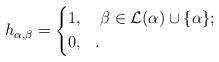
LaTeX: \begin{align*}h_{\alpha,\beta}=\left\{\begin{aligned}&1, ~ ~~\beta\in\mathcal L(\alpha)\cup\{\alpha\};\\&0, ~ ~.\\\end{aligned} \right.\end{align*}